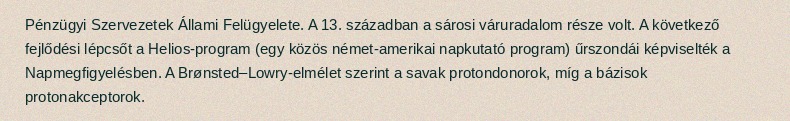
Pénzügyi Szervezetek Állami Felügyelete. A 13. században a sárosi váruradalom része volt. A következő fejlődési lépcsőt a Helios-program (egy közös német-amerikai napkutató program) űrszondái képviselték a Napmegfigyelésben. A Brønsted–Lowry-elmélet szerint a savak protondonorok, míg a bázisok protonakceptorok.